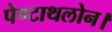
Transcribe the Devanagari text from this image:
पेण्टाथलोन।